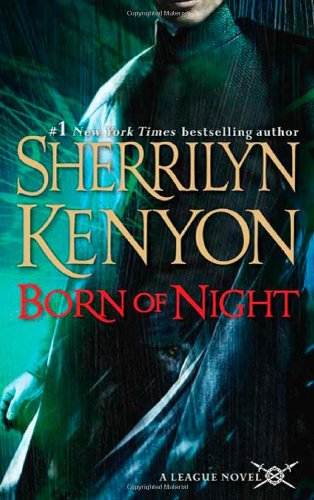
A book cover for Born of Night (The League, Book 1); Sherrilyn Kenyon; Romance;